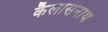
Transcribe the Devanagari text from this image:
कैलासनाथ